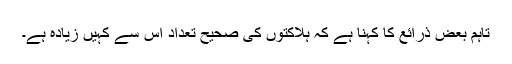
تاہم بعض ذرائع کا کہنا ہے کہ ہلاکتوں کی صحیح تعداد اس سے کہیں زیادہ ہے۔